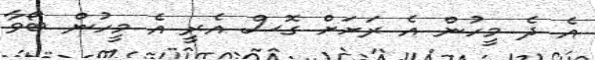
އެ ދެ މީހުން އެ ރަށަށް ގޮސް އެރީ އެ މީހުން ބޯވާ